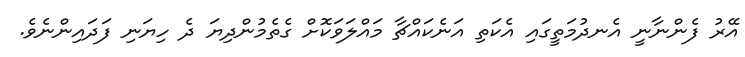
އޭރު ފެންނާނީ އެނދުމަތީގައި އެކަތި އަނެކައްޗާ މައްލަވަކޮށް ގެތެމުންދިޔަ ދެ ހިޔަނި ފަދައިންނެވެ.